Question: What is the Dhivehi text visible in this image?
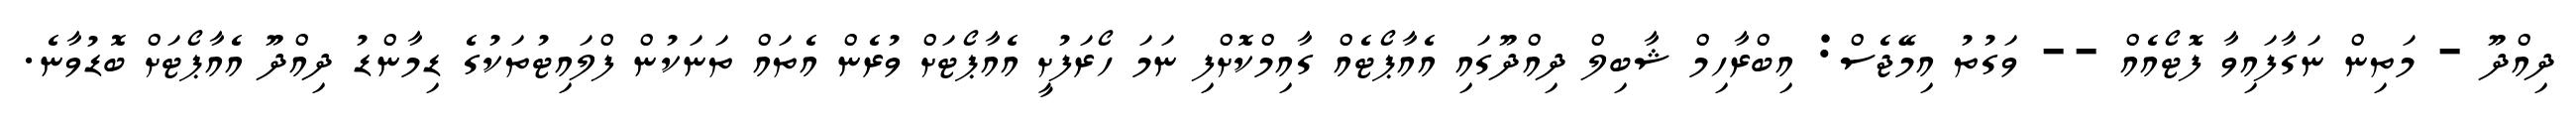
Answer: ދިއްދޫ - މަތިން ނަގާފައިވާ ފޮޓޯއެއް -- ވަގުތު އިމޭޖެސް: އިބްރާހިމް ޝާބިލް ދިއްދޫގައި އެއާޕޯޓެއް ގާއިމްކޮށްފި ނަމަ ހޯރަފުށީ އެއާޕޯޓަށް ވުރެން އެތައް ތަނަކުން ފްލައިޓުތަކުގެ ޑިމާންޑު ދިއްދޫ އެއާޕޯޓަށް ބޮޑުވާނެ.